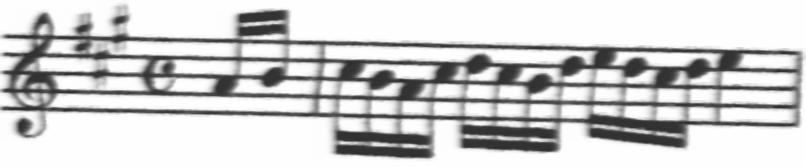
Transcription: clef-G2 keySignature-AM timeSignature-C note-A4_sixteenth note-B4_sixteenth barline note-C#5_sixteenth note-B4_sixteenth note-A4_sixteenth note-C#5_sixteenth note-D5_sixteenth note-C#5_sixteenth note-B4_sixteenth note-D5_sixteenth note-E5_sixteenth note-D5_sixteenth note-C#5_sixteenth note-D5_sixteenth note-E5_quarter barline